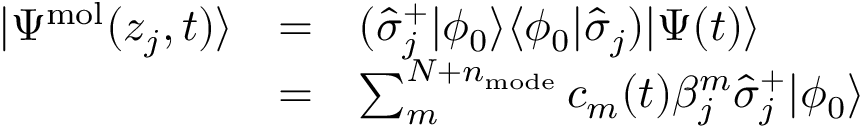
\begin{array} { c c l } { | \Psi ^ { \mathrm { m o l } } ( z _ { j } , t ) \rangle } & { = } & { ( \hat { \sigma } _ { j } ^ { + } | \phi _ { 0 } \rangle \langle \phi _ { 0 } | \hat { \sigma } _ { j } ) | \Psi ( t ) \rangle } \\ & { = } & { \sum _ { m } ^ { N + n _ { \mathrm { m o d e } } } c _ { m } ( t ) \beta _ { j } ^ { m } \hat { \sigma } _ { j } ^ { + } | \phi _ { 0 } \rangle } \end{array}